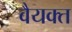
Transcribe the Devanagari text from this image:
वैयक्त